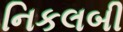
નિકલબી